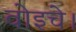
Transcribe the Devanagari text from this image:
वोइचे।